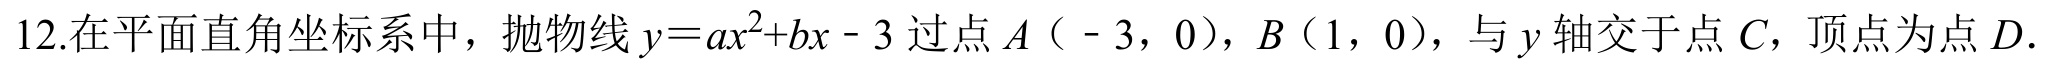
12.在平面直角坐标系中，抛物线\(y = ax^{2}+bx - 3\)过点\(A(-3,0)\)，\(B(1,0)\)，与\(y\)轴交于点\(C\)，顶点为点\(D\).